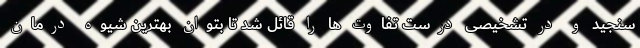
سنجید و در تشخیصی درست تفاوت ها را قائل شد تا بتوان بهترین شیوه درمان